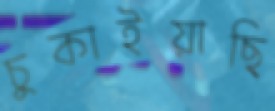
চুকাইয়াছি